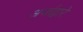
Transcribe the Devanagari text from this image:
अर्जाद्वारे